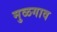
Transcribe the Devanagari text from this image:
मुळगाव